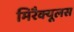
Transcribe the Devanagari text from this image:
मिरैक्यूलस